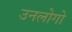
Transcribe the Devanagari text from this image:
उनलोगो